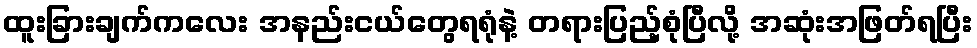
ထူးခြားချက်ကလေး အနည်းငယ်တွေရရုံနဲ့ တရားပြည့်စုံပြီလို့ အဆုံးအဖြတ်ရပြီး